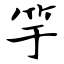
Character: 竽